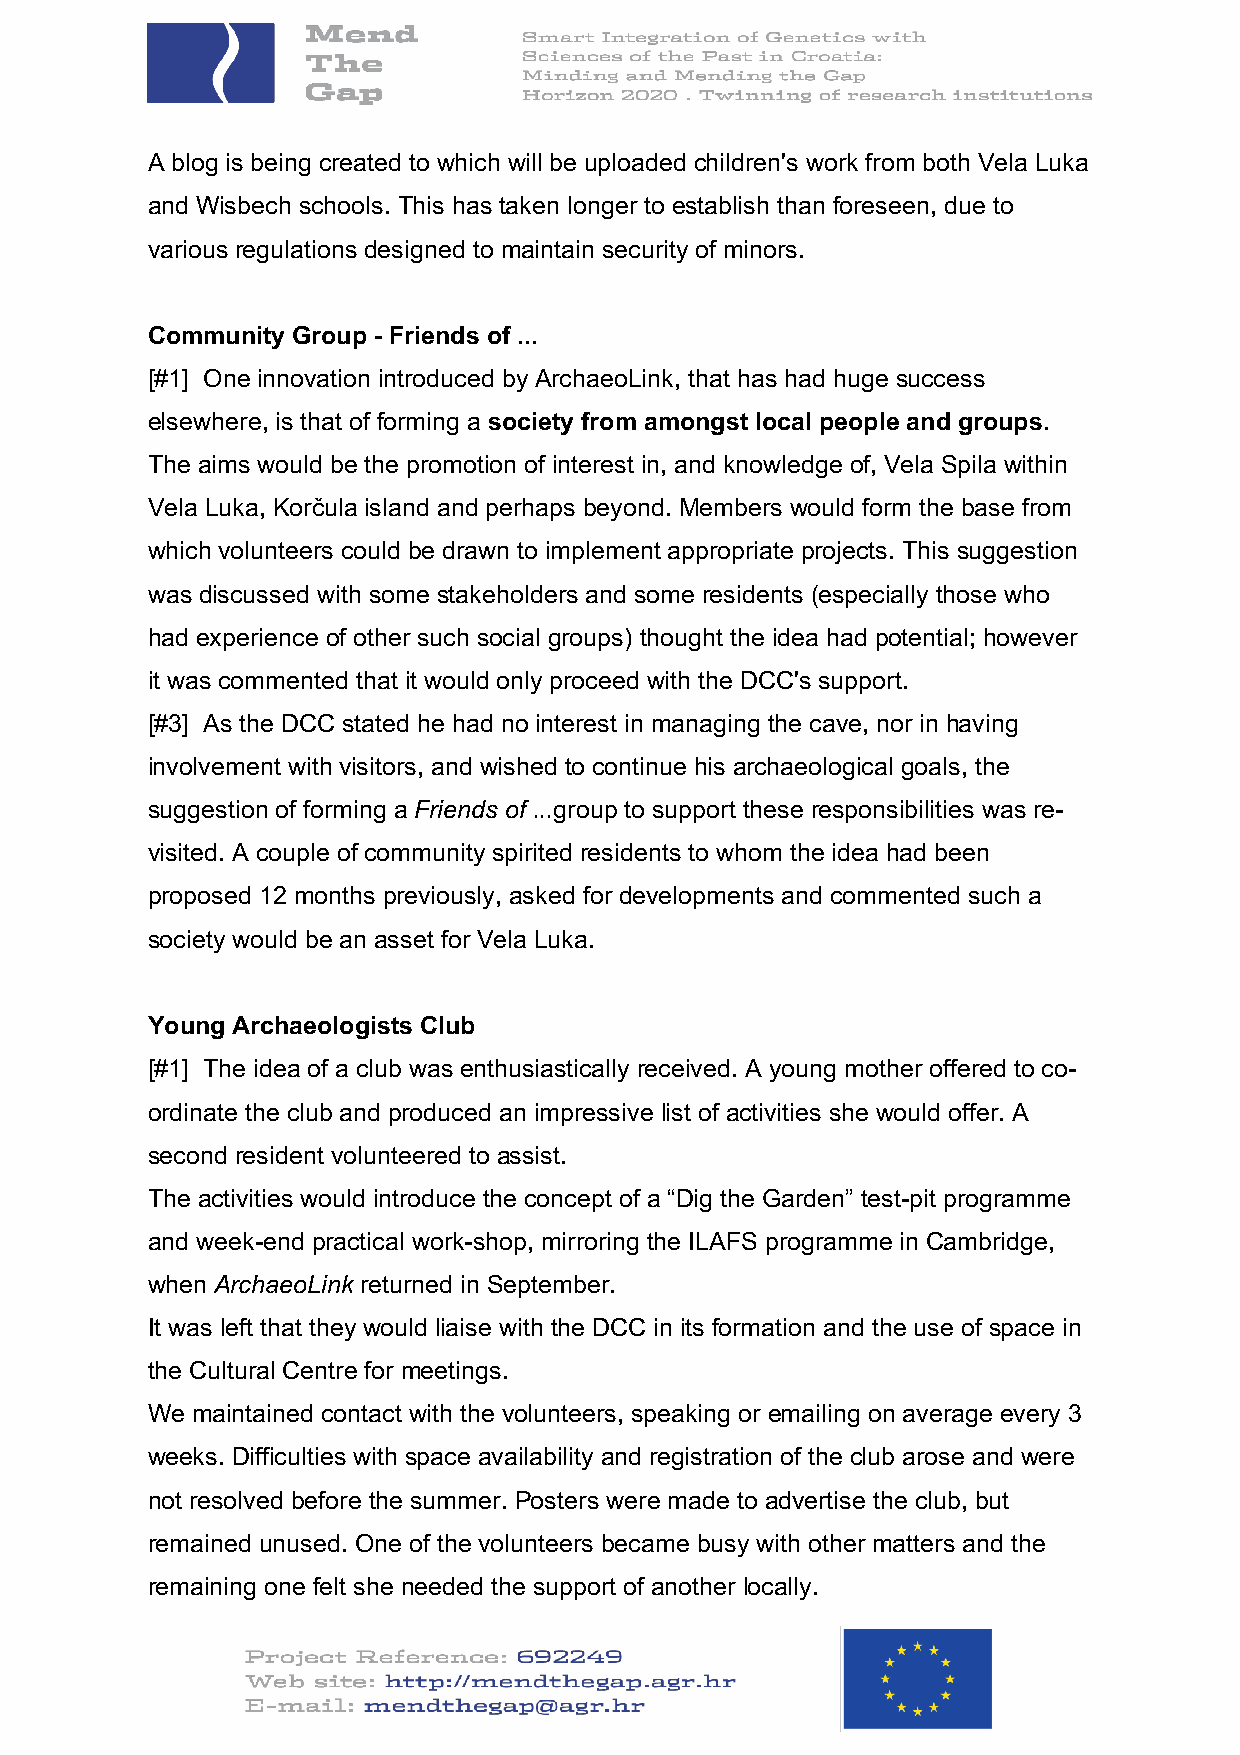
A blog is being created to which will be uploaded children's work from both Vela Luka
 and Wisbech schools. This has taken longer to establish than foreseen, due to
 various regulations designed to maintain security of minors.
 Community Group - Friends of ...
 [#1] One innovation introduced by ArchaeoLink, that has had huge success
 elsewhere, is that of forming a society from amongst local people and groups.
 The aims would be the promotion of interest in, and knowledge of, Vela Spila within
 Vela Luka, Korčula island and perhaps beyond. Members would form the base from
 which volunteers could be drawn to implement appropriate projects. This suggestion
 was discussed with some stakeholders and some residents (especially those who
 had experience of other such social groups) thought the idea had potential; however
 it was commented that it would only proceed with the DCC's support.
 [#3] As the DCC stated he had no interest in managing the cave, nor in having
 involvement with visitors, and wished to continue his archaeological goals, the
 suggestion of forming a Friends of ...group to support these responsibilities was re-
 visited. A couple of community spirited residents to whom the idea had been
 proposed 12 months previously, asked for developments and commented such a
 society would be an asset for Vela Luka.
 Young Archaeologists Club
 [#1] The idea of a club was enthusiastically received. A young mother offered to co-
 ordinate the club and produced an impressive list of activities she would offer. A
 second resident volunteered to assist.
 The activities would introduce the concept of a “Dig the Garden” test-pit programme
 and week-end practical work-shop, mirroring the ILAFS programme in Cambridge,
 when ArchaeoLink returned in September.
 It was left that they would liaise with the DCC in its formation and the use of space in
 the Cultural Centre for meetings.
 We maintained contact with the volunteers, speaking or emailing on average every 3
 weeks. Difficulties with space availability and registration of the club arose and were
 not resolved before the summer. Posters were made to advertise the club, but
 remained unused. One of the volunteers became busy with other matters and the
 remaining one felt she needed the support of another locally.